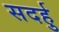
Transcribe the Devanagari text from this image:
सदर्हु